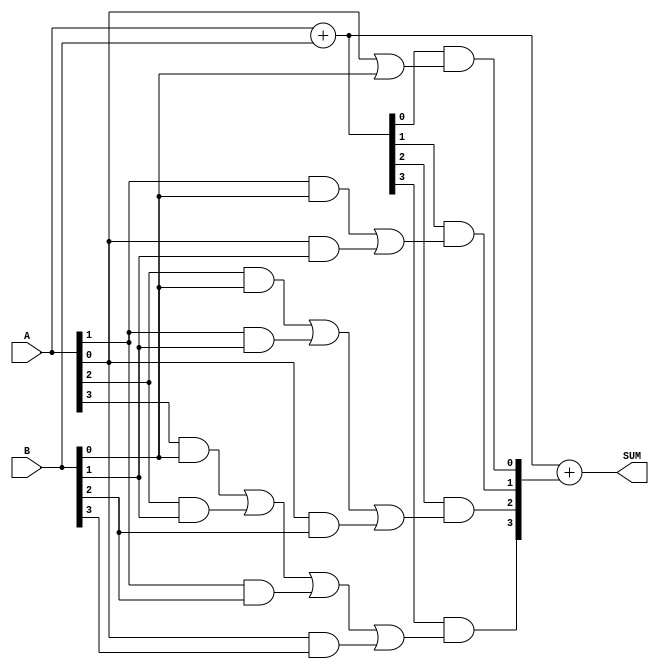
module carry_save_adder (
    input [3:0] A,
    input [3:0] B,
    output [3:0] SUM
);

reg [3:0] sum_temp;
reg [3:0] carry_temp;

// First step: Add A and B without considering any carry
always @* begin
    sum_temp = A + B;
end

// Second step: Add sum_temp with the saved carry bits
always @* begin
    carry_temp[0] = sum_temp[0] & (A[0] | B[0]);
    carry_temp[1] = sum_temp[1] & ((A[1] & B[0]) | (A[0] & B[1]));
    carry_temp[2] = sum_temp[2] & ((A[2] & B[0]) | (A[1] & B[1]) | (A[0] & B[2]));
    carry_temp[3] = sum_temp[3] & ((A[3] & B[0]) | (A[2] & B[1]) | (A[1] & B[2]) | (A[0] & B[3]));

    SUM = sum_temp + carry_temp;
end

endmodule